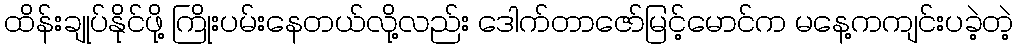
ထိန်းချုပ်နိုင်ဖို့ ကြိုးပမ်းနေတယ်လို့လည်း ဒေါက်တာဇော်မြင့်မောင်က မနေ့ကကျင်းပခဲ့တဲ့